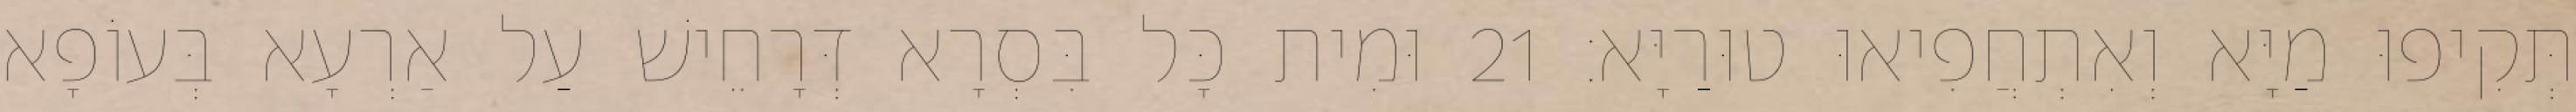
תְּקִיפוּ מַיָּא וְאִתְחֲפִיאוּ טוּרַיָּא׃ 21 וּמִית כָּל בִּסְרָא דְּרָחֵישׁ עַל אַרְעָא בְּעוֹפָא